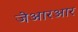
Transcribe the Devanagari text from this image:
जेआरआर